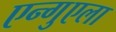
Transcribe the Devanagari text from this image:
एन्गुएला